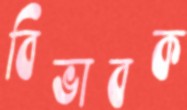
বিভাবক